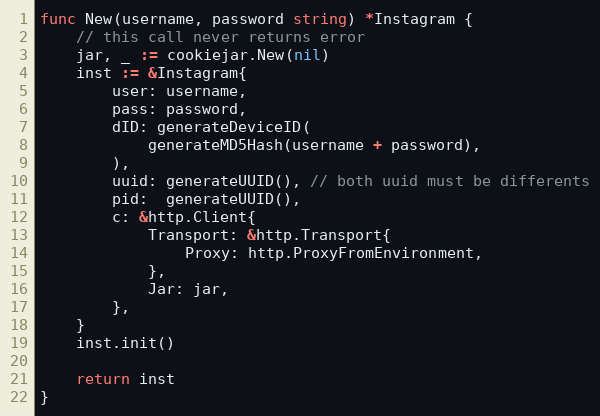
Language: Go
func New(username, password string) *Instagram {
	// this call never returns error
	jar, _ := cookiejar.New(nil)
	inst := &Instagram{
		user: username,
		pass: password,
		dID: generateDeviceID(
			generateMD5Hash(username + password),
		),
		uuid: generateUUID(), // both uuid must be differents
		pid:  generateUUID(),
		c: &http.Client{
			Transport: &http.Transport{
				Proxy: http.ProxyFromEnvironment,
			},
			Jar: jar,
		},
	}
	inst.init()

	return inst
}